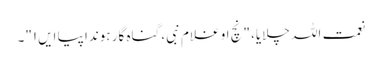
نعمت اللہ چلایا، "نچ او غلام نبی، گناہ گار ہوندا پیا ایں۱"۔